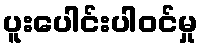
ပူးပေါင်းပါဝင်မှု